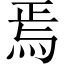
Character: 焉